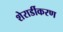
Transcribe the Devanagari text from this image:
शेरार्डीकरण